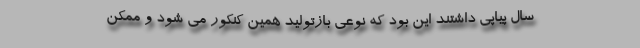
سال پیاپی داشتند این بود که نوعی بازتولید همین کنکور می شود و ممکن